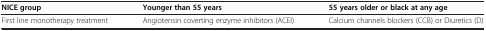
<table><thead><tr><td><b>NICE group</b></td><td><b>Younger than 55 years</b></td><td><b>55 years older or black at any age</b></td></tr></thead><tbody><tr><td>First line monotherapy treatment</td><td>Angiotensin coverting enzyme inhibitors (ACEI)</td><td>Calcium channels blockers (CCB) or Diuretics (D)</td></tr></tbody></table>